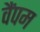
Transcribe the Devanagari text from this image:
वैंपम